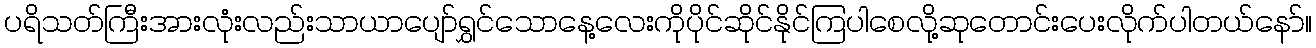
ပရိသတ်ကြီးအားလုံးလည်းသာယာပျော်ရွှင်သောနေ့လေးကိုပိုင်ဆိုင်နိုင်ကြပါစေလို့ဆုတောင်းပေးလိုက်ပါတယ်နော်။